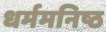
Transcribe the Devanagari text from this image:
धर्ममनिष्ठ